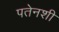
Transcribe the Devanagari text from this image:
पतेनशी